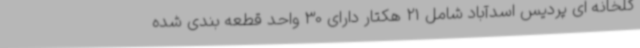
گلخانه ای پردیس اسدآباد شامل 21 هکتار دارای 30 واحد قطعه بندی شده